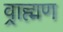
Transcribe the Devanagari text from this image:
व्राह्मण